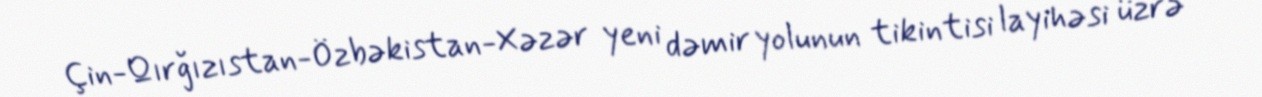
Çin-Qırğızıstan-Özbəkistan-Xəzər yeni dəmir yolunun tikintisi layihəsi üzrə